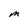
Character: M